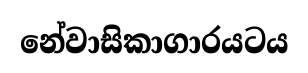
නේවාසිකාගාරයටය